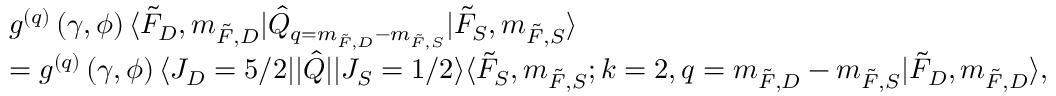
\begin{array} { r l } & { g ^ { ( q ) } \left( \gamma , \phi \right) \langle \Tilde { F } _ { D } , m _ { \Tilde { F } , D } \rvert \hat { Q } _ { q = m _ { \Tilde { F } , D } - m _ { \Tilde { F } , S } } \lvert \Tilde { F } _ { S } , m _ { \Tilde { F } , S } \rangle } \\ & { = g ^ { ( q ) } \left( \gamma , \phi \right) \langle J _ { D } = 5 / 2 \rvert \lvert \hat { Q } \rvert \lvert J _ { S } = 1 / 2 \rangle \langle \Tilde { F } _ { S } , m _ { \Tilde { F } , S } ; k = 2 , q = m _ { \Tilde { F } , D } - m _ { \Tilde { F } , S } \lvert \Tilde { F } _ { D } , m _ { \Tilde { F } , D } \rangle , } \end{array}